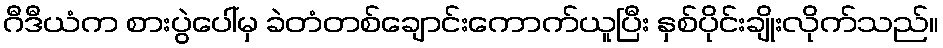
ဂီဒီယံက စားပွဲပေါ်မှ ခဲတံတစ်ချောင်းကောက်ယူပြီး နှစ်ပိုင်းချိုးလိုက်သည်။